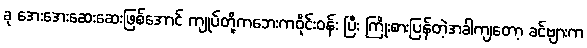
ခု အေးအေးဆေးဆေးဖြစ်အောင် ကျုပ်တို့ကဘေးကဝိုင်းဝန်း ပြီး ကြိုးစားပြန်တဲ့အခါကျတော့ ခင်ဗျားက